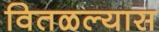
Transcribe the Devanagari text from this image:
वितळल्यास